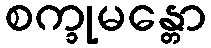
စက္ခုမန္တော